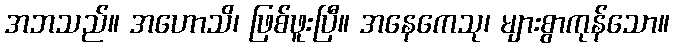
အဘသည်။ အဟောသိ၊ ဖြစ်ဖူးပြီ။ အနေကေသု၊ များစွာကုန်သော။